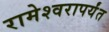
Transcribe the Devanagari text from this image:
रामेश्वरापर्यंत